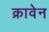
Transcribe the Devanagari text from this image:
क्रावेन